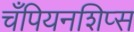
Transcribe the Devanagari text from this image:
चँपियनशिप्स